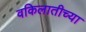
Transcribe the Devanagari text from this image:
वकिलातीच्या